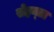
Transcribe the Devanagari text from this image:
सेहन्‍ता